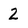
Character: 2